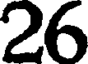
26